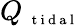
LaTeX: Q_{\mathrm{~\scriptsize~t~i~d~a~l~}}